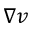
\nabla v